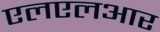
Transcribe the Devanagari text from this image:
एलएलआर